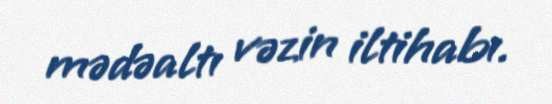
mədəaltı vəzin iltihabı.